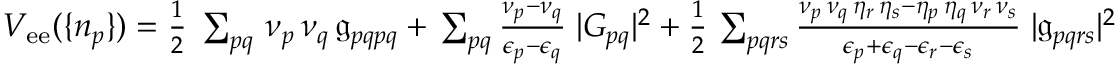
\begin{array} { r } { V _ { \mathrm { e e } } ( \{ n _ { p } \} ) = \frac { 1 } { 2 } \; \sum _ { p q } \, \nu _ { p } \, \nu _ { q } \, \mathfrak { g } _ { p q p q } + \, \sum _ { p q } \frac { \nu _ { p } - \nu _ { q } } { \epsilon _ { p } - \epsilon _ { q } } \; | G _ { p q } | ^ { 2 } + \frac { 1 } { 2 } \, \sum _ { p q r s } \frac { \nu _ { p } \, \nu _ { q } \, \eta _ { r } \, \eta _ { s } - \eta _ { p } \, \eta _ { q } \, \nu _ { r } \, \nu _ { s } } { \epsilon _ { p } + \epsilon _ { q } - \epsilon _ { r } - \epsilon _ { s } } \; | \mathfrak { g } _ { p q r s } | ^ { 2 } } \end{array}